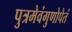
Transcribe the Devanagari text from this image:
पुत्रमेवंगुणोपेतं